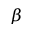
\beta